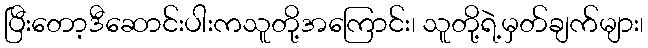
ပြီးတော့ဒီဆောင်းပါးကသူတို့အကြောင်း၊ သူတို့ရဲ့မှတ်ချက်များ၊